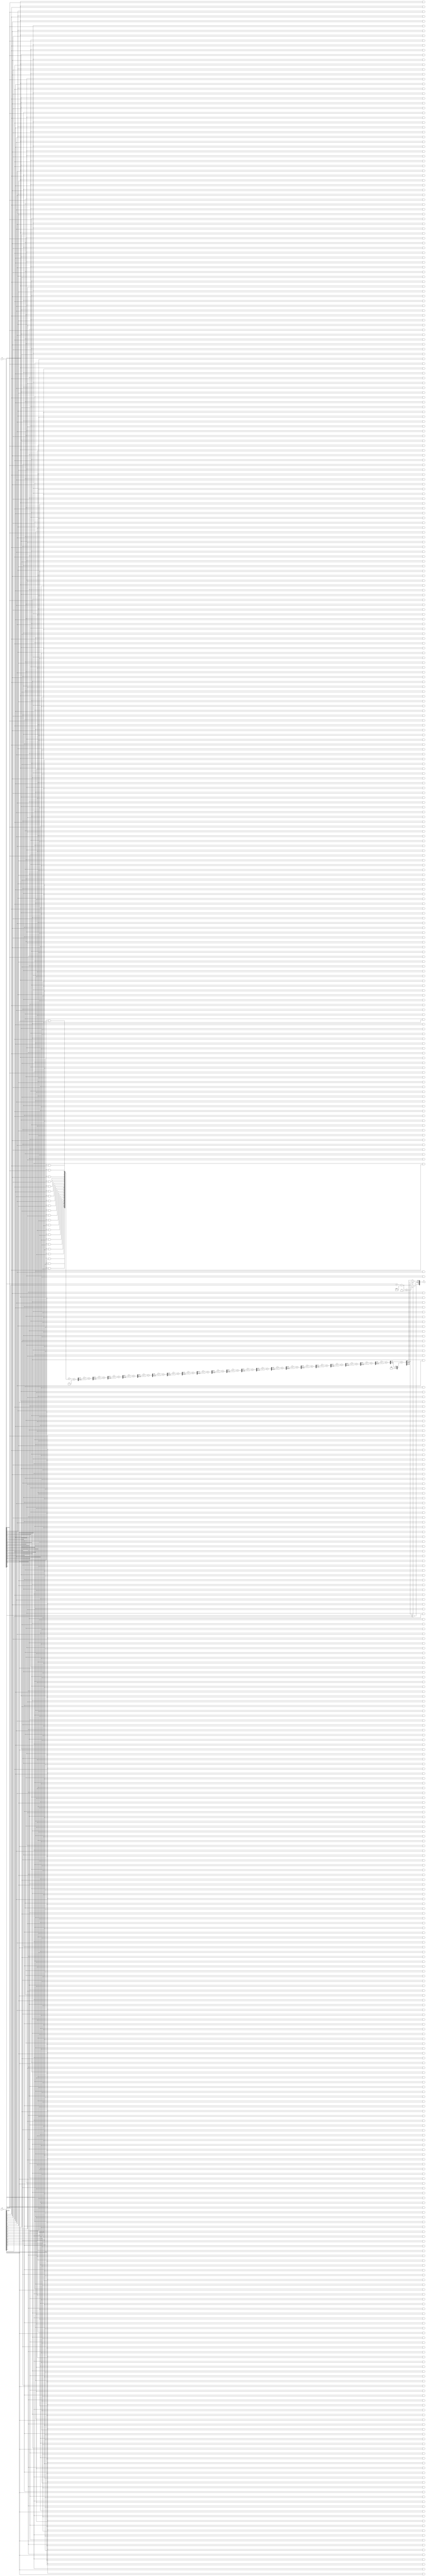
module fp_wallace_tree_multiplier (
    input [31:0] A, // Input floating-point number A
    input [31:0] B, // Input floating-point number B
    output reg [31:0] P // Output floating-point product P
);

    // IEEE 754 components
    wire sign_a = A[31];
    wire sign_b = B[31];
    wire [7:0] exponent_a = A[30:23];
    wire [7:0] exponent_b = B[30:23];
    wire [22:0] mantissa_a = A[22:0];
    wire [22:0] mantissa_b = B[22:0];

    // Normalized mantissas with implicit leading 1
    wire [23:0] norm_mantissa_a = {1'b1, mantissa_a}; // Implicit leading 1
    wire [23:0] norm_mantissa_b = {1'b1, mantissa_b}; // Implicit leading 1

    // Partial products generation
    wire [47:0] partial_products [0:22]; // 23 partial products
    genvar i, j;
    generate
        for (i = 0; i < 23; i = i + 1) begin : pp_gen
            for (j = 0; j < 23; j = j + 1) begin : pp_gen_inner
                assign partial_products[i][i+j] = norm_mantissa_a[i] & norm_mantissa_b[j];
            end
        end
    endgenerate

    // Wallace tree reduction
    wire [47:0] sum[0:22];
    wire [47:0] carry[0:22];

    // Initial stage of reduction
    generate
        for (i = 0; i < 23; i = i + 1) begin : wallace_reduction
            if (i == 0) begin
                assign sum[i] = partial_products[i];
                assign carry[i] = 0;
            end else begin
                // Full adder logic for Wallace tree
                assign {carry[i], sum[i]} = partial_products[i] + sum[i-1] + carry[i-1];
            end
        end
    endgenerate

    // Final addition of the last two sums
    wire [47:0] final_sum;
    wire [47:0] final_carry;
    assign {final_carry, final_sum} = sum[22] + carry[22];

    // Exponent calculation
    wire [8:0] exponent_result = exponent_a + exponent_b - 8'd127; // Adjust for bias

    // Sign calculation
    wire sign_result = sign_a ^ sign_b;

    // Normalization of the result
    reg [23:0] mantissa_result;
    reg [7:0] exponent_final;
    always @(*) begin
        if (final_sum[47]) begin
            // Overflow, shift right
            mantissa_result = final_sum[46:24];
            exponent_final = exponent_result + 1;
        end else begin
            mantissa_result = final_sum[45:23];
            exponent_final = exponent_result;
        end
    end

    // Output construction
    always @(*) begin
        P[31] = sign_result;
        P[30:23] = exponent_final;
        P[22:0] = mantissa_result[22:0];
    end

endmodule